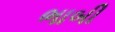
ભાબી